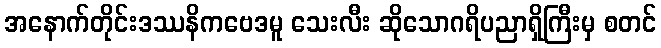
အနောက်တိုင်းဒဿနိကဗေဒမူ သေးလီး ဆိုသောဂရိပညာရှိကြီးမှ စတင်